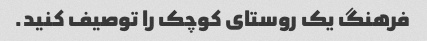
فرهنگ یک روستای کوچک را توصیف کنید.